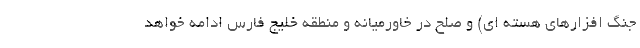
جنگ افزارهای هسته ای) و صلح در خاورمیانه و منطقه خلیج فارس ادامه خواهد